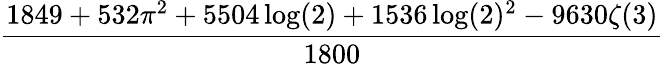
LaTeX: \frac{1849+532\pi^{2}+5504\log(2)+1536\log(2)^{2}-9630\zeta(3)}{1800}